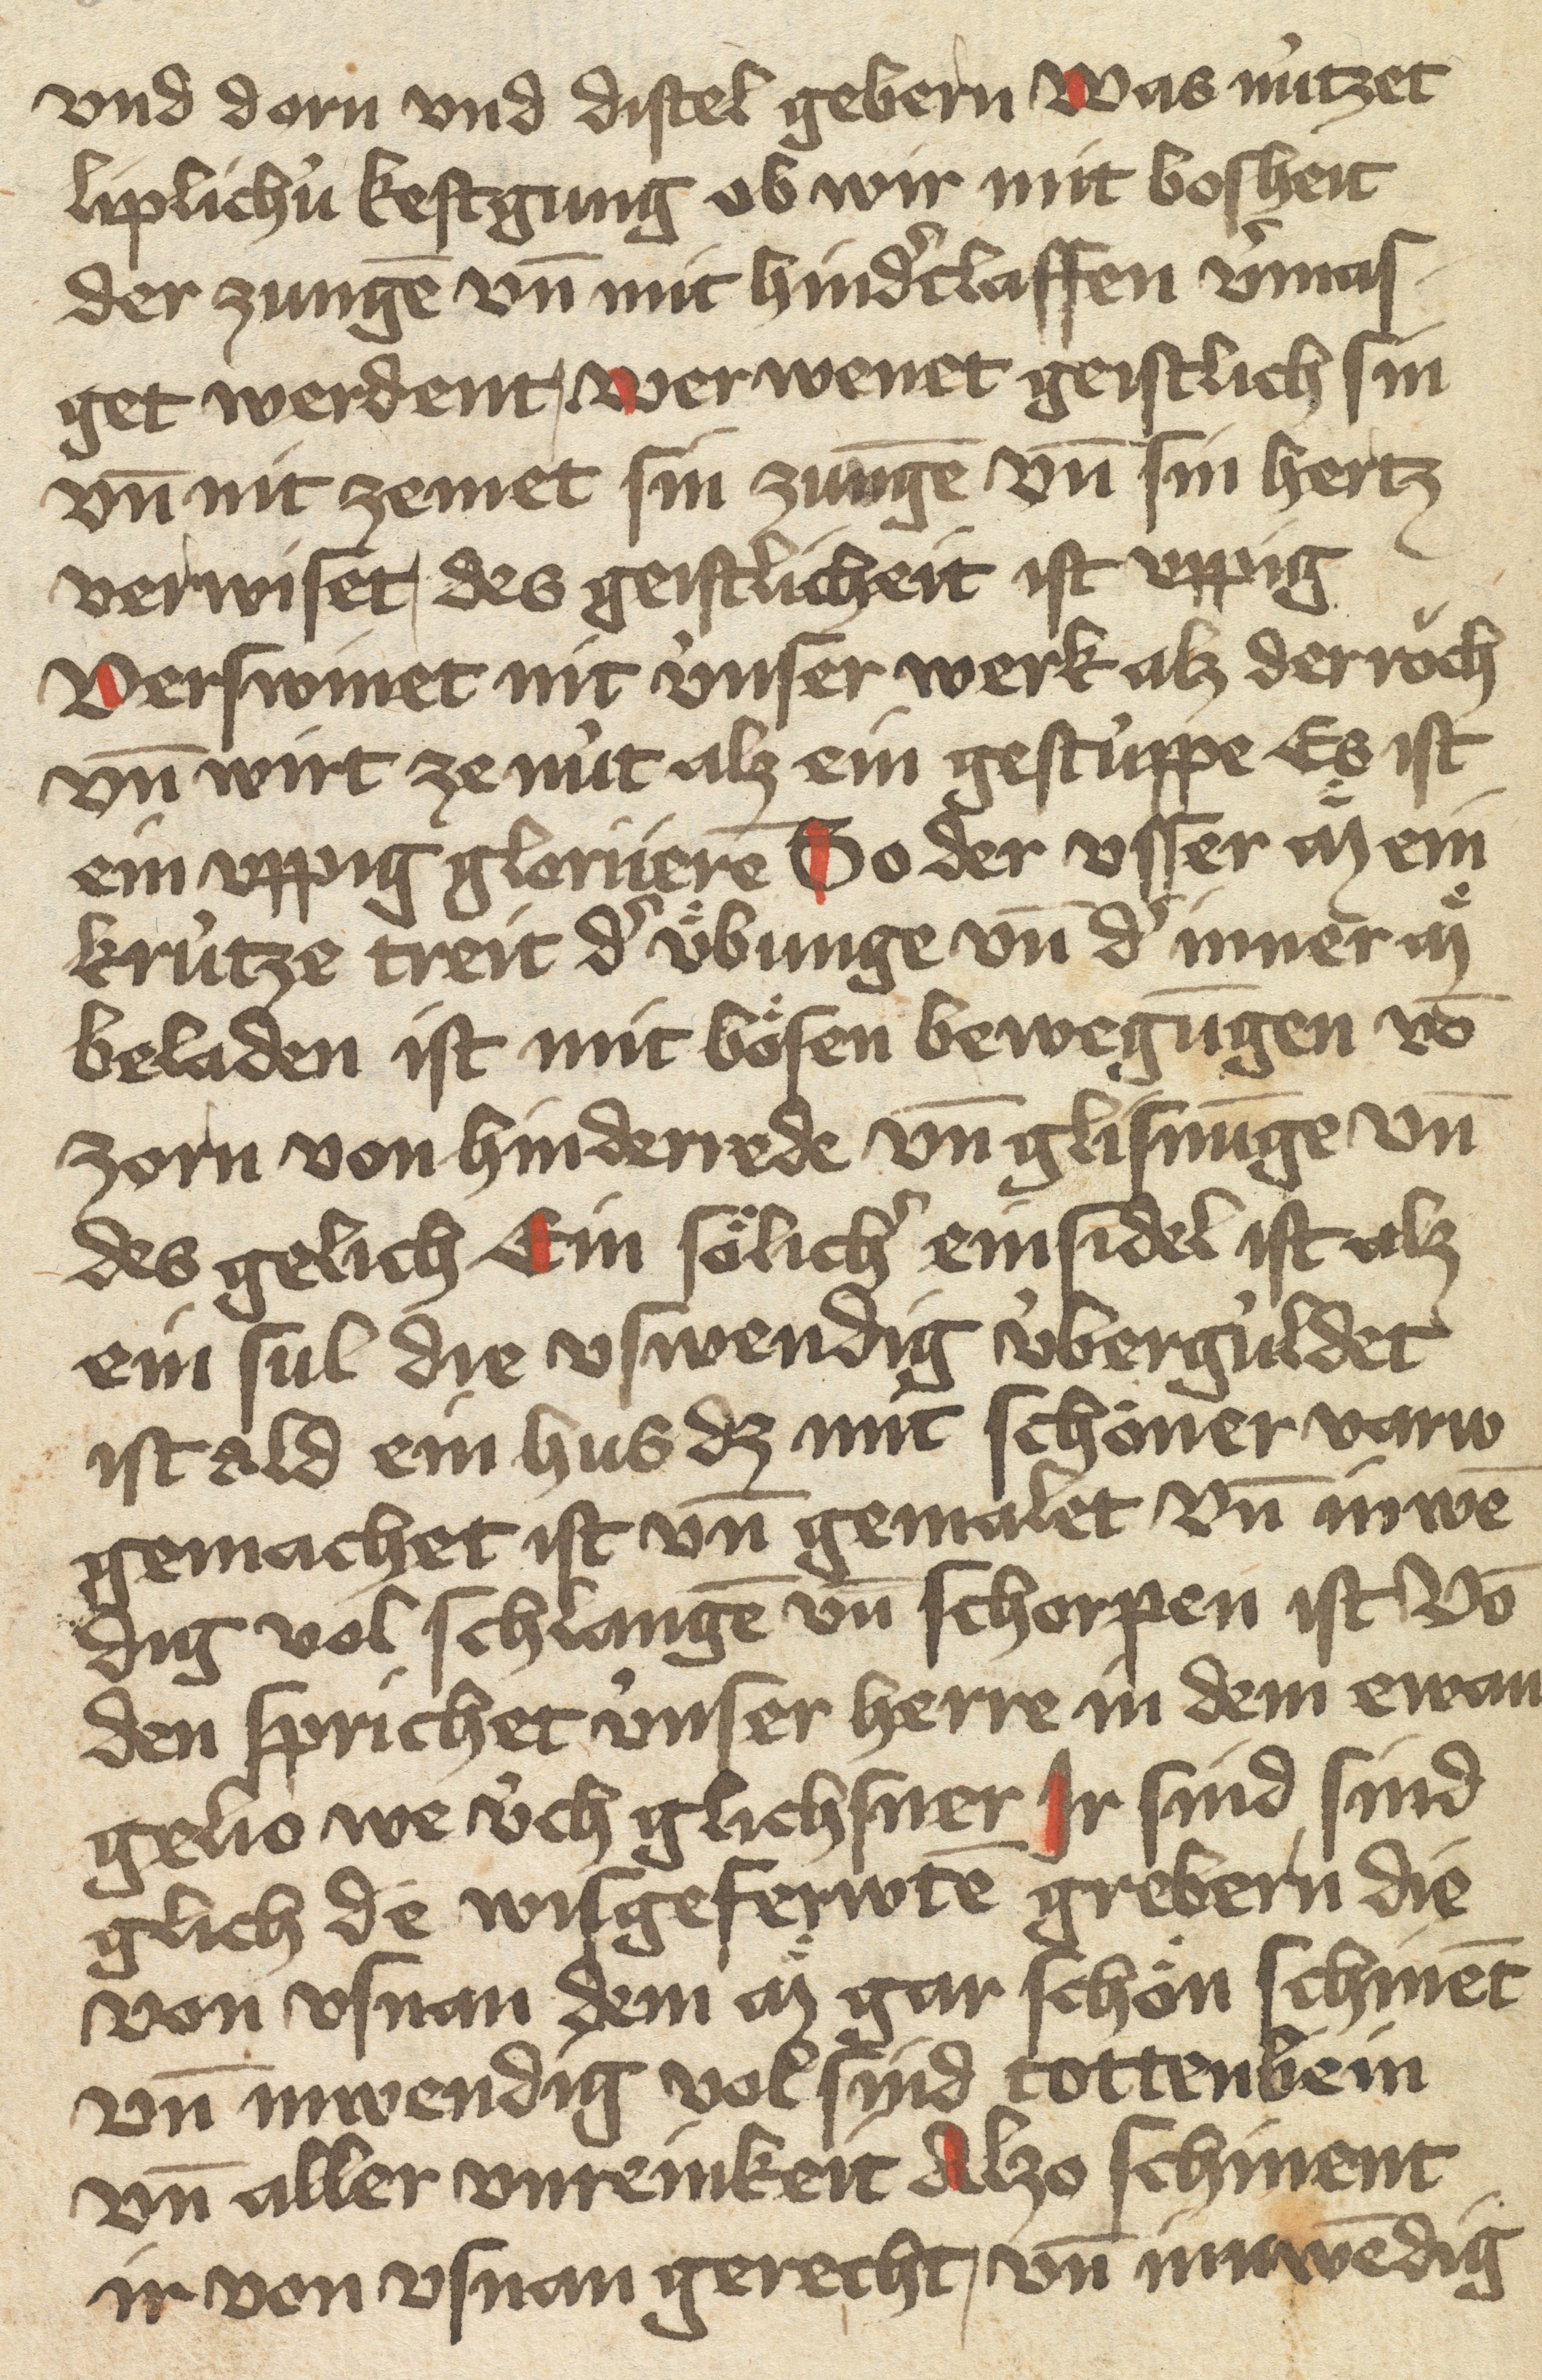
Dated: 1400–1499